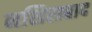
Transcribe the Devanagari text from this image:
नशिराबाद